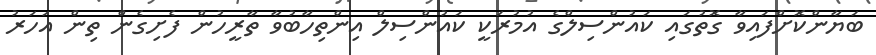
ބަޔާންކޮށްފައިވާ ގޮތުގައި ކައުންސިލްގެ އުމުރަކީ ކައުންސިލް އިންތިހާބުވާ ތާރީހުން ފެށިގެން ތިން އަހަރު